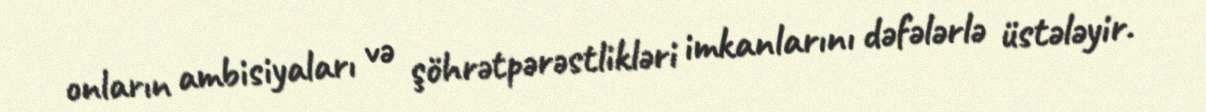
onların ambisiyaları və şöhrətpərəstlikləri imkanlarını dəfələrlə üstələyir.